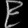
Digit: ၉